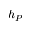
h _ { P }